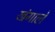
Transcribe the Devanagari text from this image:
खंगाले